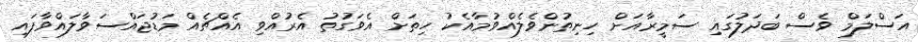
އަސްލަމް ވެސް ބަދަލުގައި ސަމީރާއަށް ހިނިތުންވެލެއްވުމާއެކު ހިތަށް އެވަގުތު އެރުއްވި އެއްޗެއް މަޑުޖައްސަވާލައްވާފައި